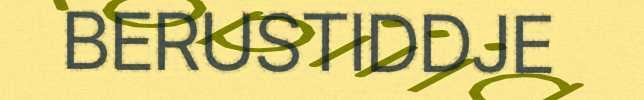
BERUSTIDDJE